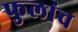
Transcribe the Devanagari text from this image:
फुलांच